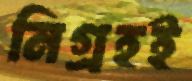
নিগ্রহই